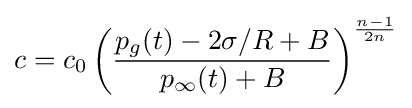
c=c_{0}\left({\frac {p_{g}(t)-2\sigma /R+B}{p_{\infty }(t)+B}}\right)^{\frac {n-1}{2n}}